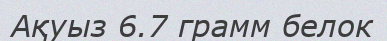
Ақуыз 6.7 грамм белок